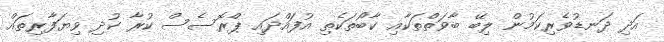
އަދި ދަނޑުވެރިކަމުން ލިބޭ ބާވަތްތަކާއި ކާބޯތަކެތި އުފައްދައި ޕްރޮސެސް ކުރާ ކުދި ވިޔަފާރިތައް